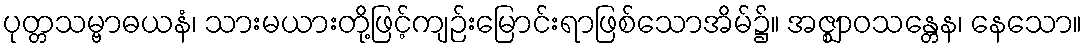
ပုတ္တသမ္ဗာဓယနံ၊ သားမယားတို့ဖြင့်ကျဉ်းမြောင်းရာဖြစ်သောအိမ်၌။ အဇ္ဈာဝသန္တေန၊ နေသော။